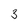
Character: 3